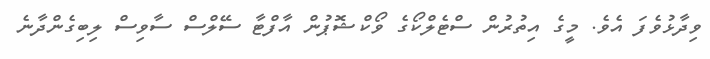
ވިދާޅުވެފަ އެވެ. މީގެ އިތުރުން ސްޓެލްކޯގެ ވޯކްޝޮޕުން އާފްޓާ ސޭލްސް ސާވިސް ލިބިގެންދާނެ